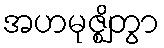
အဟမုဇ္ဈိတွာ